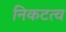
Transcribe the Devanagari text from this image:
निकटत्व